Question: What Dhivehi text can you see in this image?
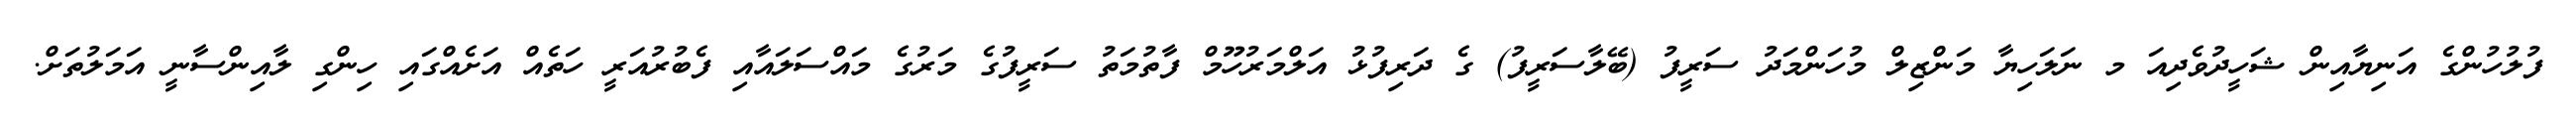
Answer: ފުލުހުންގެ އަނިޔާއިން ޝަހީދުވެދިއަ މ ނަލަހިޔާ މަންޒިލް މުހަންމަދު ސަރީފު (ބޭލާސަރީފު) ގެ ދަރިފުޅު އަލްމަރުހޫމް ފާތުމަތު ސަރީފުގެ މަރުގެ މައްސަލައާއި ފެބުރުއަރީ ހަތެއް އަށެއްގައި ހިންގި ލާއިންސާނީ އަމަލުތަށް.